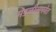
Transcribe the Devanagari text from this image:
मंडळीसमवेत